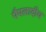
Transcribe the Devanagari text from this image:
पैपलादीय